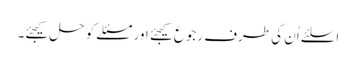
اسلئے اُن کی طرف رجوع کیجئے اور مسئلے کو حل کیجئے۔